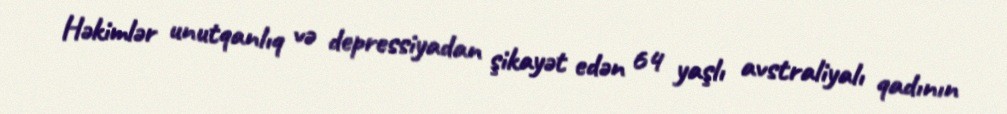
Həkimlər unutqanlıq və depressiyadan şikayət edən 64 yaşlı avstraliyalı qadının